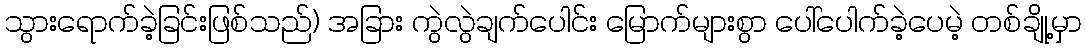
သွားရောက်ခဲ့ခြင်းဖြစ်သည်) အခြား ကွဲလွဲချက်ပေါင်း မြောက်များစွာ ပေါ်ပေါက်ခဲ့ပေမဲ့ တစ်ချို့မှာ